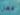
فعل